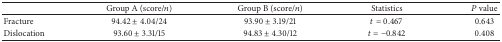
<table><thead><tr><td><b> </b></td><td><b>Group A (score/<i>n</i>)</b></td><td><b>Group B (score/<i>n</i>)</b></td><td><b>Statistics</b></td><td><b><i>P</i> value</b></td></tr></thead><tbody><tr><td>Fracture</td><td>94.42 ± 4.04/24</td><td>93.90 ± 3.19/21</td><td><i>t</i> = 0.467</td><td>0.643</td></tr><tr><td>Dislocation</td><td>93.60 ± 3.31/15</td><td>94.83 ± 4.30/12</td><td><i>t</i> = −0.842</td><td>0.408</td></tr></tbody></table>